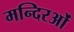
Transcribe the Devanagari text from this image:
मन्दिरओं